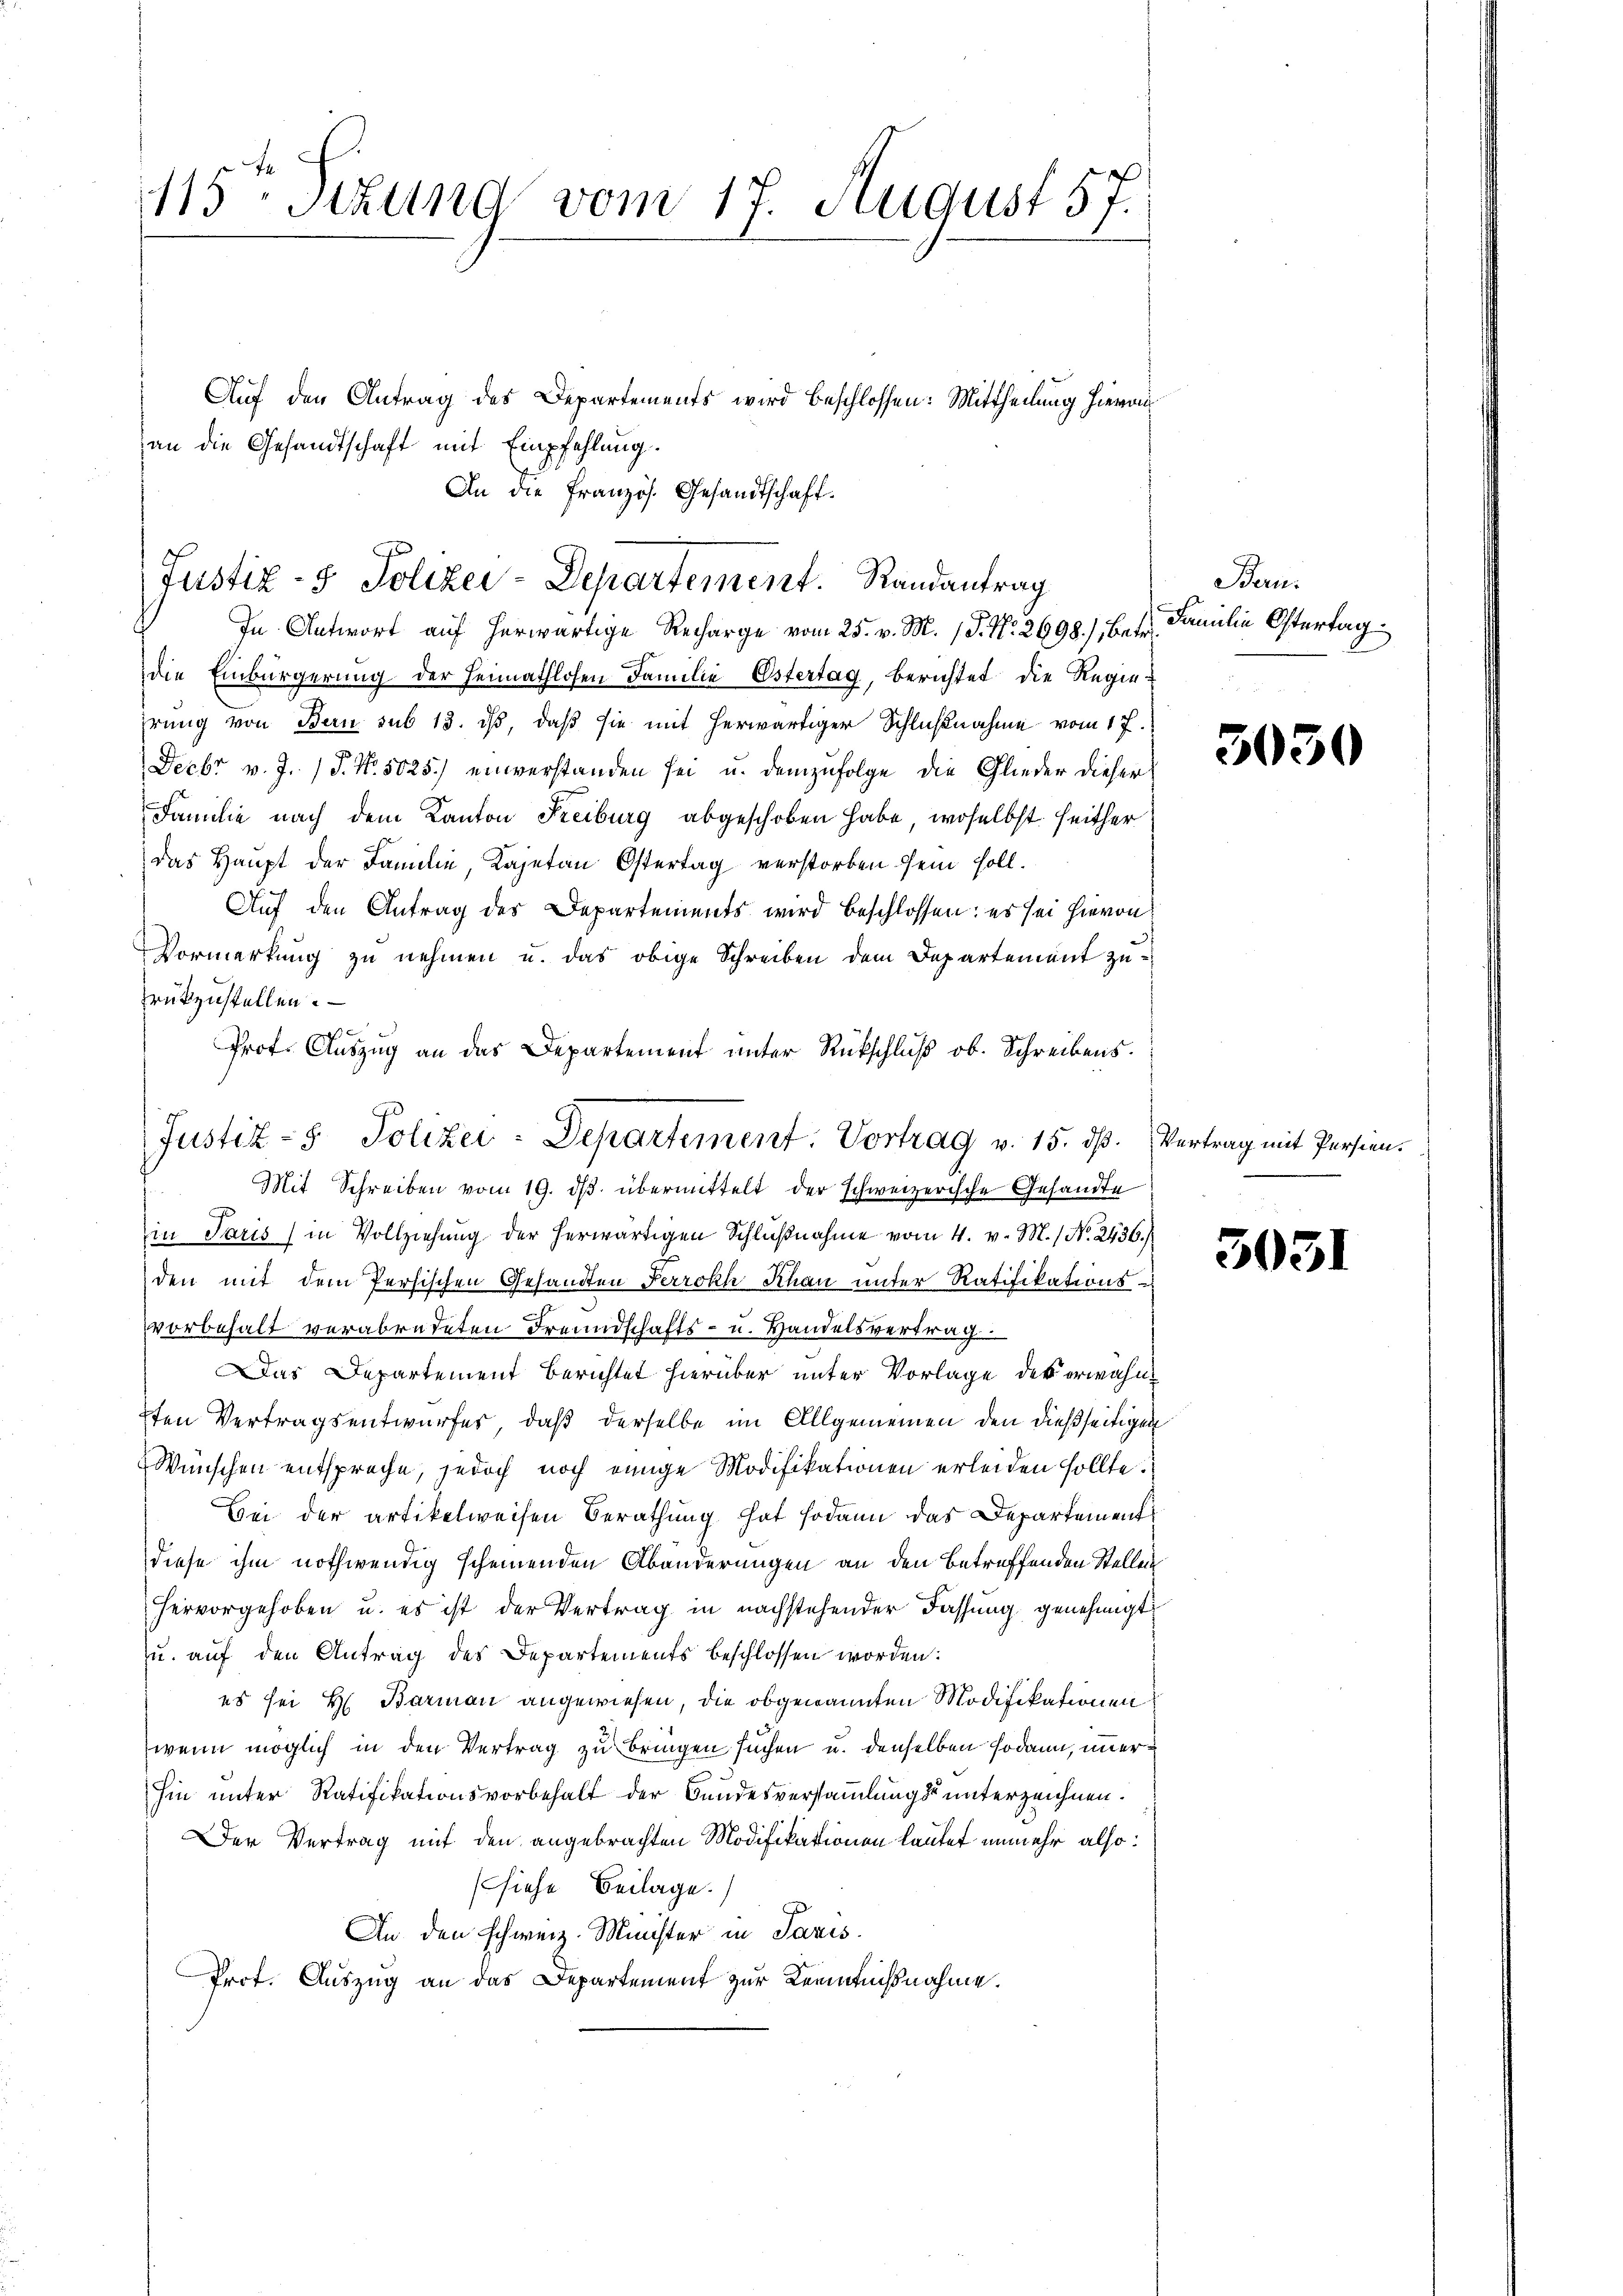
115 Stzung vom 17. August 57.
Auf den Antrag des Departements wird beschlossen: Mittheilung hievon
an die Gesandtschaft mit Empfehlung.

An die Französ. Gesandtschaft.

Justiz- & Polizei-Departement. Randantrag
In Antwort auf herwärtige Recharge vom 25. v. M. P. Nr. 2698.) best. Familie Ostertag

die Einbürgerung der Heimathlosen Familie Ostertag, berichtet die Regiehrung von Bern sub 13. ds, daß sie mit herwärtiger Schlußnahme vom 17.
Fecbr v. J. P. Nr. 5625.) einverstanden sei u. demzufolge die Glieder dieser
Familie nach dem Kanton Freiburg abgeschoben habe, woselbst seither
das Haupt der Familie, Kajetan Östertag verstorben sein soll.
Auf den Antrag des Departements wird beschlossen: es sei hievon
Vormerkung zu nehmen u. das obige Schreiben dem Departement zurükzustellen.
Prof. Auszug an das Departement unter Rückschluß ob. Schreibens.
7
in Paris in Vollziehung der herwärtigen Schlŭβnahme vom 4. v. M. / N. 2436./
den mit dem Persischen Gesandten Perroth Schau unter Ratifikationsvorbehalt verabredeten Freundschafts- u. Handelsvertrag
Das Departement berichtet hierüber unter Vorlage der erwähn
7ten Vertragsentwurfes, daß derselbe im Allgemeinen den dießseitigen
Wünschen entsproche, jedoch noch einige Modifikationen erleiden sollte.
Bei der artikelweisen Berathung hat sodann das Departement
diese ihm nothwendig scheinenden Abänderungen an den betreffenden Stellen
hervorgehoben u. es ist der Vertrag in nachstehender Fassung genehmigt
u. auf den Antrag des Departements beschlossen worden:
es sei H. Barman angewiesen, die obgenannten Modifikationen
wenn möglich in den Vertrag zu bringen suchen u. denselben sodann, unerhin unter Ratifikationsvorbehalt der Bundesversammlungs unterzeichnen.
Der Vertrag mit den angebrachten Modifikationen lautet unmehr also:
(siehe Beilage.
An den schweiz. Minister in Paris
Prof. Auszug an das Departement zur Kenntnißnahme.

Justiz- & Polizei-Departement. Vortrag v. 15. dß.
Mit Schreiben vom 19. ds. übermittelt der schweizerische Gesandte

Bern.

d

3030

Vertrag mit Persien.

5031